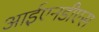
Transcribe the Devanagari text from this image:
आईएनडीएस